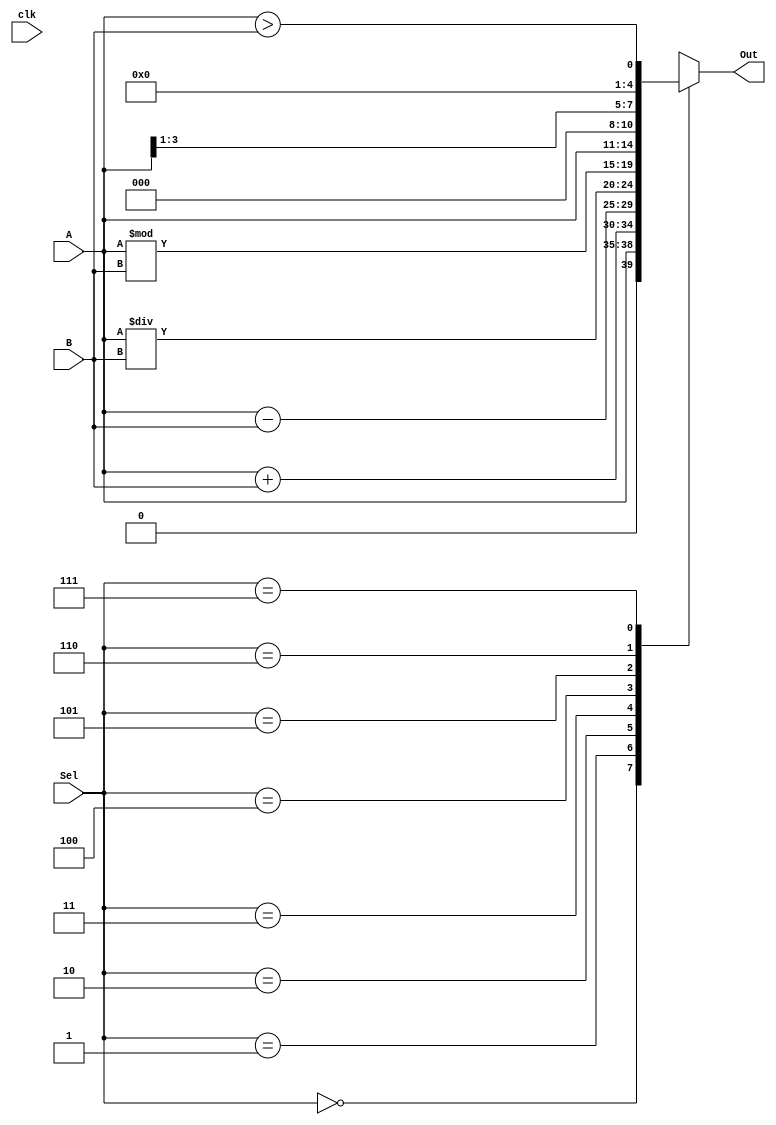
module FourBalu(
    input [3:0] A,
    input [3:0] B,
    input [2:0] Sel,
    input clk,
    output [4:0] Out
    );
    reg [4:0] Out;
    
    initial Out=5'b0;
    always @(*)
    case(Sel)
    
    3'b000 :  Out = A;
    3'b001 :  Out = A+B;
    3'b010 :  Out = A-B;
    3'b011 :  Out = A/B;
    3'b100 :  Out = A%B;
    3'b101 :  Out = A<<1;
    3'b110 :  Out = A>>1;
    3'b111 :  Out =(A>B);
    endcase
    
endmodule